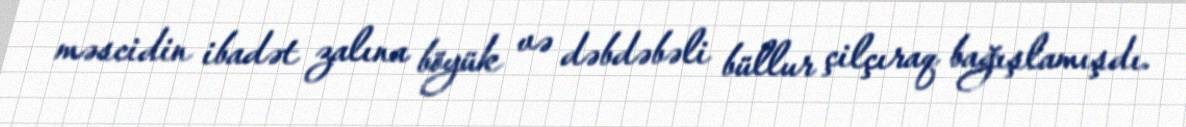
məscidin ibadət zalına böyük və dəbdəbəli büllur çilçıraq bağışlamışdı.